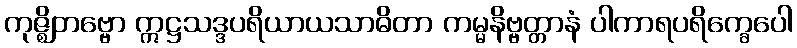
ကုဇ္ဈိတဗ္ဗော ဣဋ္ဌသဒ္ဒပရိယာယသာဓိတာ ကမ္မနိဗ္ဗတ္တာနံ ပါကာရပရိက္ခေပေါ